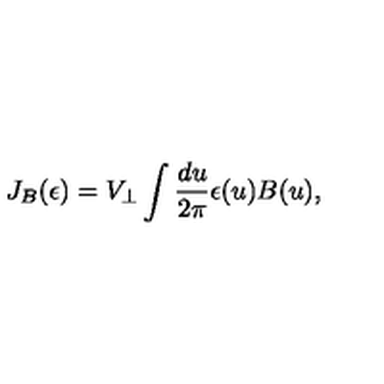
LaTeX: J _ { B } ( \epsilon ) = V _ { \perp } \int { \frac { d u } { 2 \pi } } \epsilon ( u ) B ( u ) ,